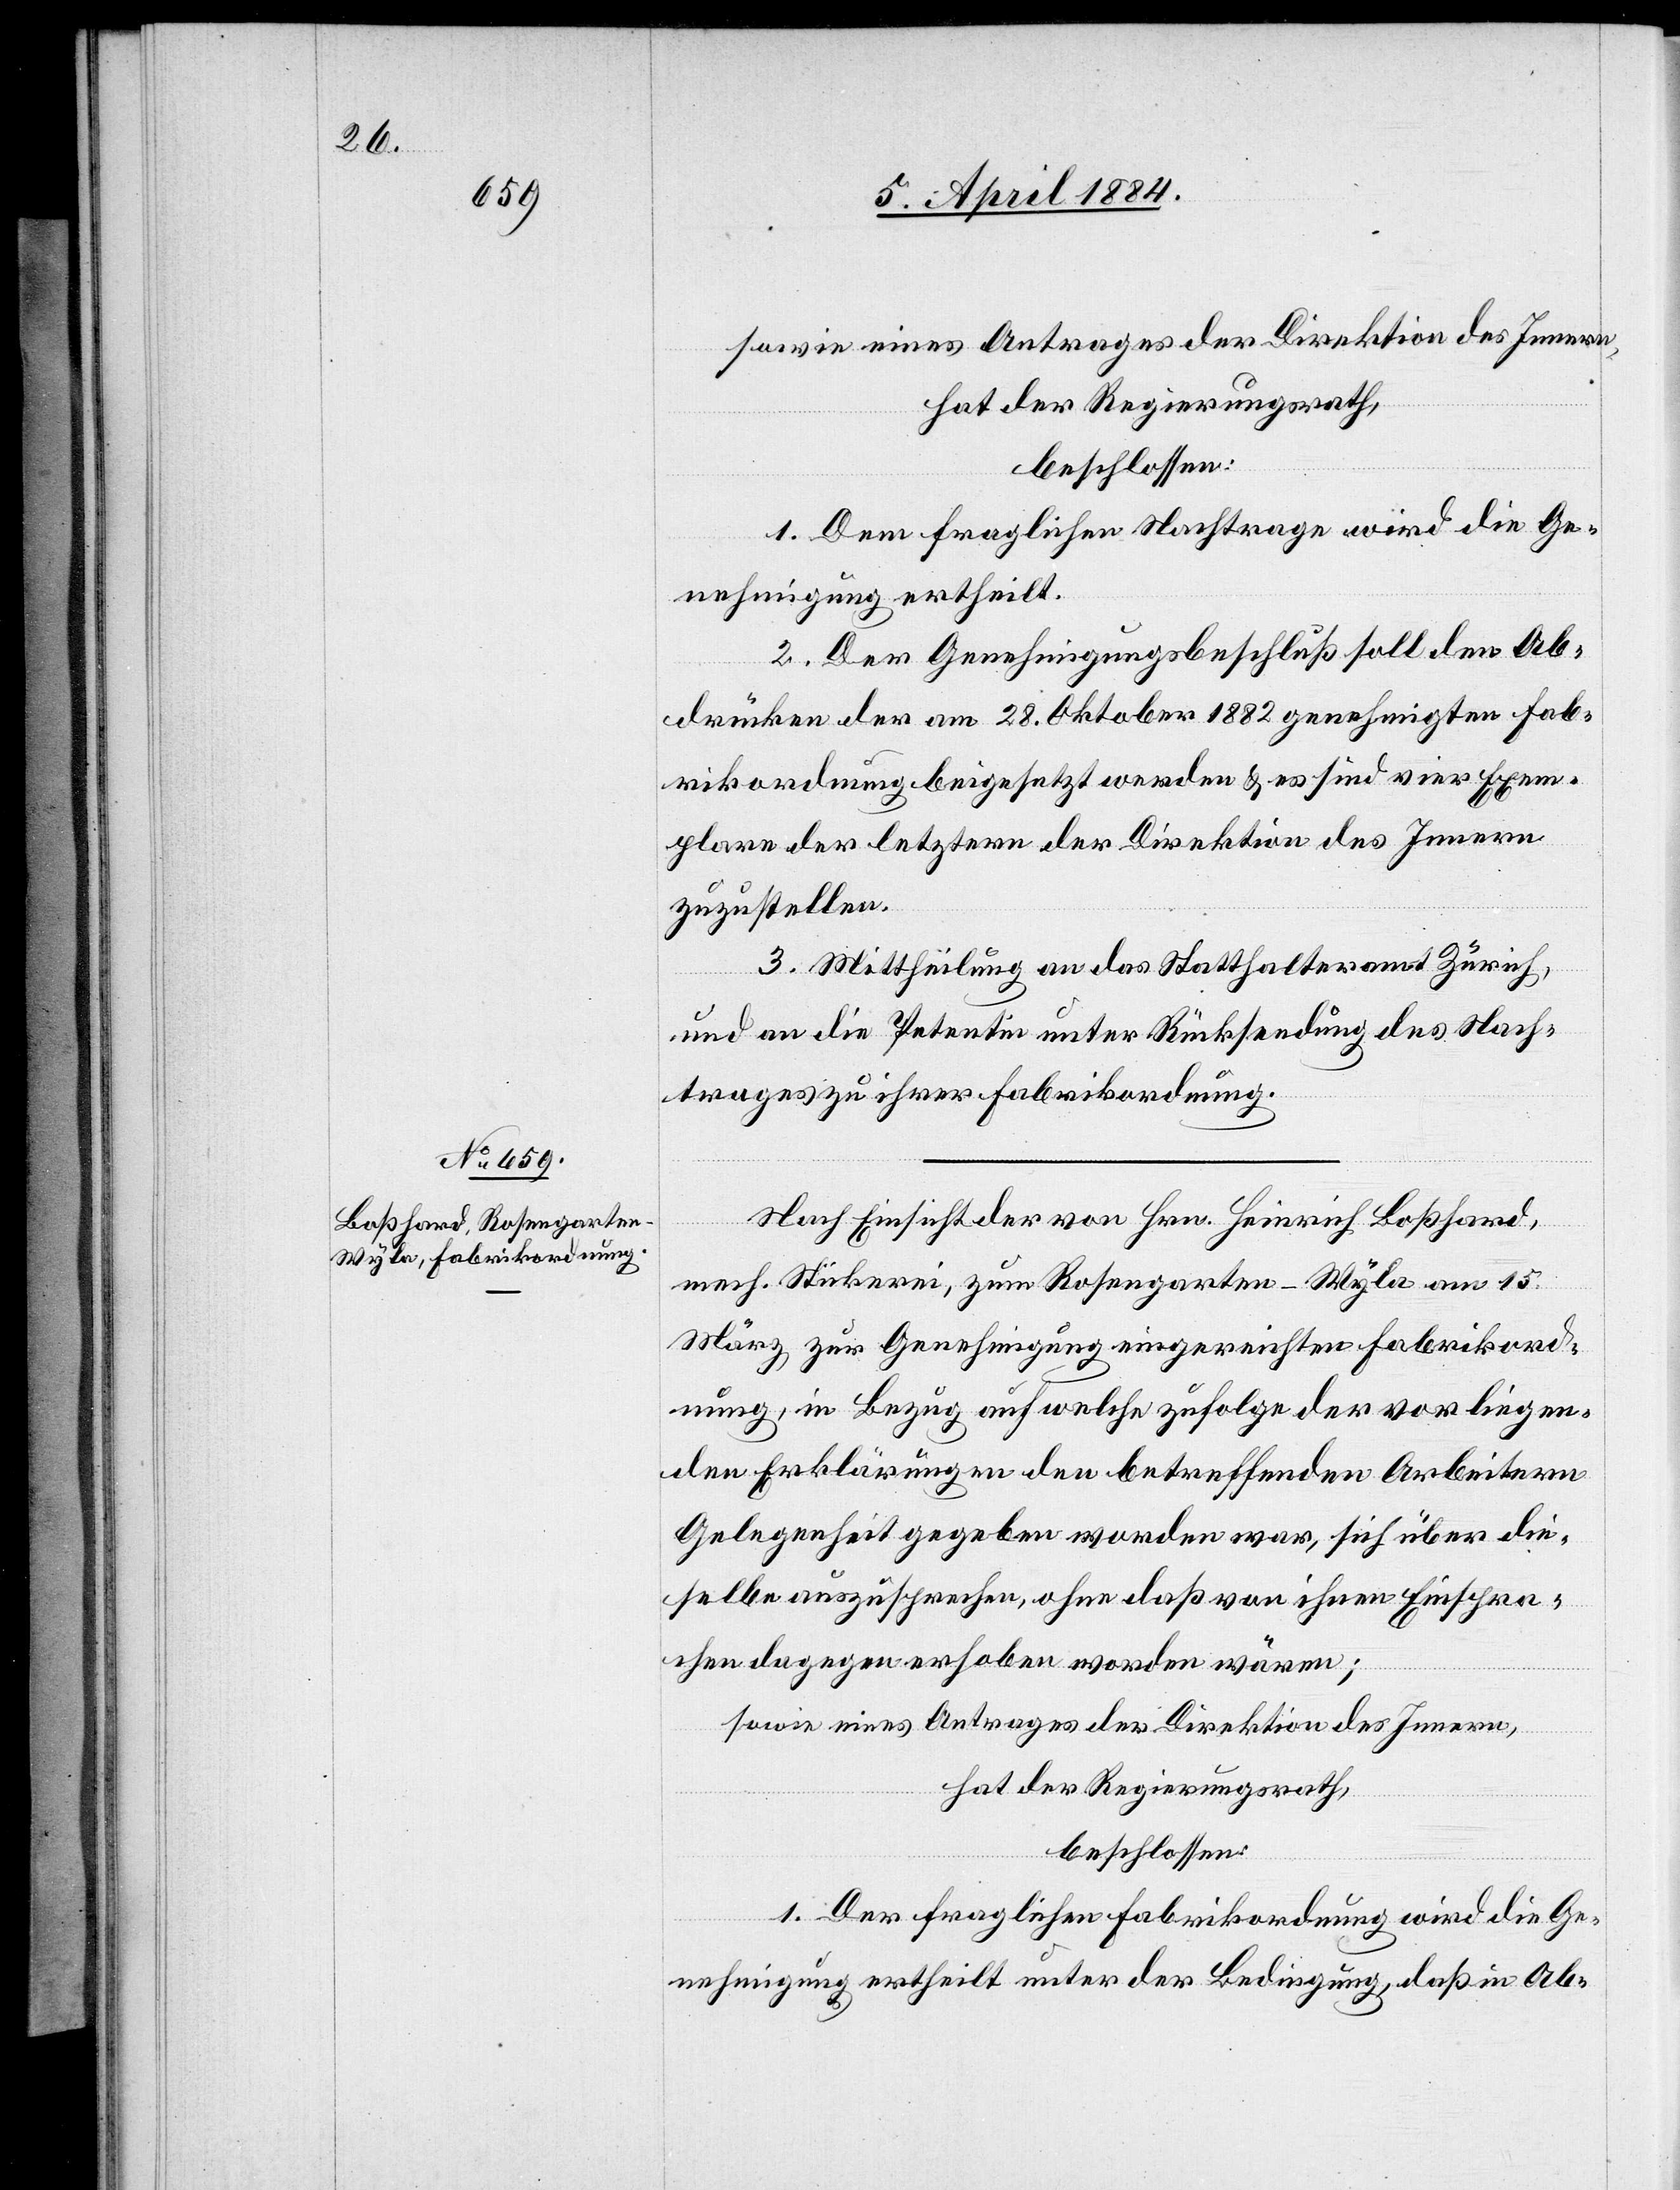
1. Dem fraglichen Nachtrage wird die Ge¬
nehmigung ertheilt.
2. Der Genehmigungsbeschluß soll den Ab¬
drücken der am 28. Oktober 1882 genehmigten Fab¬
rikordnung beigesetzt werden & es sind vier Exem¬
plare der letztern der Direktion des Innern
zuzustellen.
3. Mittheilung an das Statthalteramt Zürich,
und an die Petentin unter Rücksendung des Nach¬
trages zu ihrer Fabrikordnung.
Nach Einsicht von Hrn. Heinrich Boßhard,
mech. Stickerei, zum Rosengarten - Wyla am 15.
März zur Genehmigung eingereichten Fabrikord¬
nung, in Bezug auf welche zufolge der vorliegen¬
den Erklärungen den betreffenden Arbeitern
Gelegenheit gegeben worden war, sich über die¬
selbe auszusprechen, ohne daß von ihnen Einspra¬
chen dagegen erhoben worden wären;
sowie eines Antrages der Direktion des Innern,
hat der Regierungsrath,
beschlossen:
1. Der fraglichen Fabrikordnung wird die Ge¬
nehmigung ertheilt unter der Bedingung, daß in Ab-